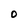
Character: O